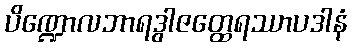
ပိဏ္ဍောလဘာရဒွါဇတ္ထေရဿာပဒါနံ